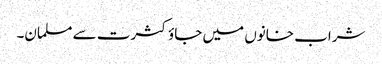
شراب خانوں میں جاؤ کثرت سے مسلمان۔